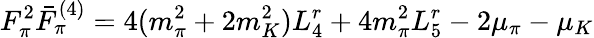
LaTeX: F_{\pi}^{2}\bar{F}_{\pi}^{(4)}=4(m_{\pi}^{2}+2m_{K}^{2})L_{4}^{r}+4m_{\pi}^{2}L_{5}^{r}-2\mu_{\pi}-\mu_{K}